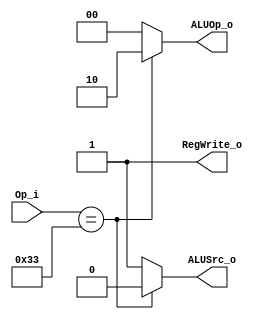
module Control
(
	Op_i, // opcode
	ALUOp_o,
	ALUSrc_o,
	RegWrite_o
);

input [6:0] Op_i;
output [1:0] ALUOp_o;
output ALUSrc_o;
output RegWrite_o;

assign ALUOp_o = (Op_i == 7'b0110011)? 2'b10 : 2'b00;
// b10: r-type, b00: addi srai
assign ALUSrc_o = (Op_i == 7'b0110011) ? 1'b0 : 1'b1; 
assign RegWrite_o = 1'b1; // all operations require to modify register


endmodule